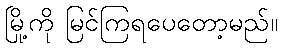
မြို့ကို မြင်ကြရပေတော့မည်။